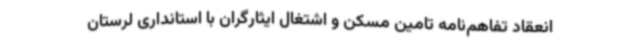
انعقاد تفاهم‌نامه تامین مسکن و اشتغال ایثارگران با استانداری لرستان